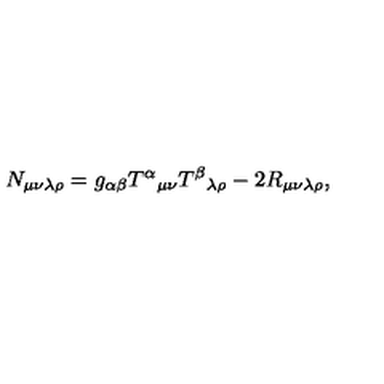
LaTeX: N _ { \mu \nu \lambda \rho } = g _ { \alpha \beta } { T ^ { \alpha } } _ { \mu \nu } { T ^ { \beta } } _ { \lambda \rho } - 2 R _ { \mu \nu \lambda \rho } ,